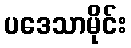
ပဒေသာမိုင်း